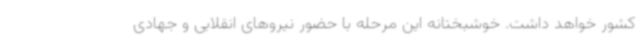
کشور خواهد داشت. خوشبختانه این مرحله با حضور نیروهای انقلابی و جهادی